Leaving Certificate Examination, 1920, 1920
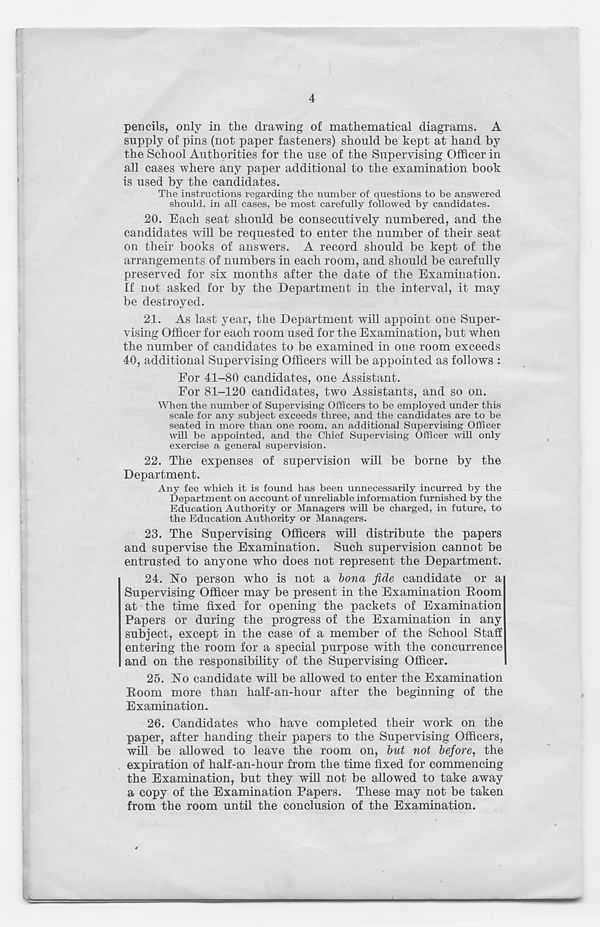
4
pencils, only in the drawing of mathematical diagrams. A
supply of pins (not paper fasteners) should be kept at hand by
the School Authorities for the use of the Supervising Officer in
all cases where any paper additional to the examination book
is used by the candidates.
The instructions regarding the number of questions to be answered
should, in all cases, be most carefully followed by candidates.
20. Each seat should be consecutively numbered, and the
candidates will be requested to enter the number of their seat
on their books of answers. A record should be kept of the
arrangements of numbers in each room, and should be carefully
preserved for six months after the date of the Examination.
If not asked for by the Department in the interval, it may
be destroyed.
21. As last year, the Department will appoint one Super-
vising Officer for each room used for the Examination, but when
the number of candidates to be examined in one room exceeds
40, additional Supervising Officers will be appointed as follows :
For 41-80 candidates, one Assistant.
For 81-120 candidates, two Assistants, and so on.
When the number of Supervising Officers to be employed under this
scale for any subject exceeds three, and the candidates are to be
seated in more than one room, an additional Supervising Officer
will be appointed, and the Chief Supervising Officer will only
exercise a general supervision.
22. The expenses of supervision will be borne by the
Department.
Any fee which it is found has been unnecessarily incurred by the
Department on account of unreliable information furnished by the
Education Authority or Managers will be charged, in future, to
the Education Authority or Managers.
23. The Supervising Officers will distribute the papers
and supervise the Examination. Such supervision cannot be
entrusted to anyone who does not represent the Department.
24. ISTo person who is not a bona fide candidate or a
Supervising Officer may be present in the Examination Boom
at the time fixed for opening the packets of Examination
Papers or during the progress of the Examination in any
subject, except in the case of a member of the School Staff
entering the room for a special purpose with the concurrence
and on the responsibility of the Supervising Officer.
25. Bo candidate will be allowed to enter the Examination
Boom more than half-an-hour after the beginning of the
Examination.
26. Candidates who have completed their work on the
paper, after handing their papers to the Supervising Officers,
will be allowed to leave the room on, but not before, the
expiration of half-an-hour from the time fixed for commencing
the Examination, but they will not be allowed to take away
a copy of the Examination Papers. These may not be taken
from the room until the conclusion of the Examination.